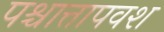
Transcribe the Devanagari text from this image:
पश्चात्तापवश